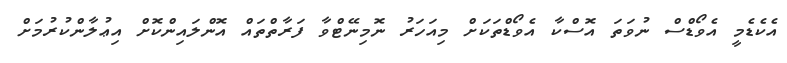
އެކެޑެމީ އެވޯޑްސް ނުވަތަ އޮސްކާ އެވޯޑްތަކަށް މިއަހަރު ނޮމިނޭޓްވާ ފަރާތްތައް އޮންލައިންކޮށް އިޢުލާންކުރުމަށް